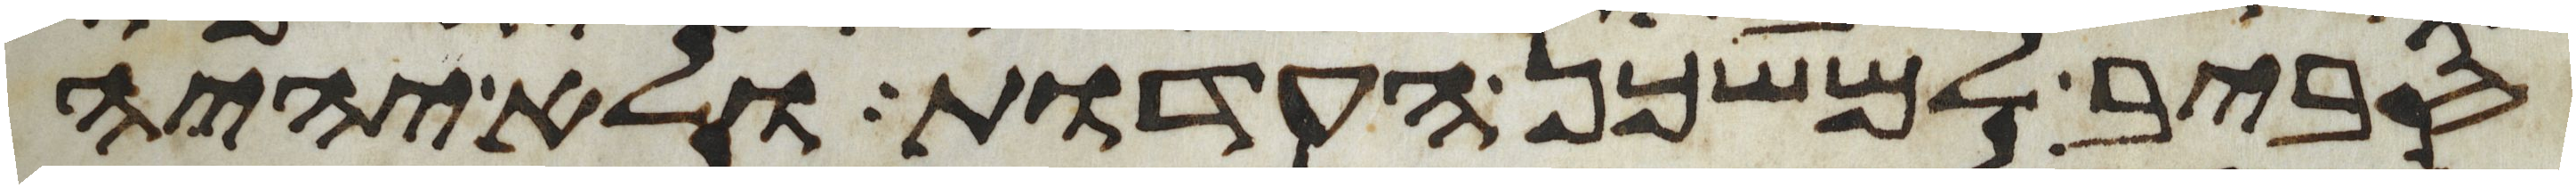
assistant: סביב למשכן העדות ולא יהיה